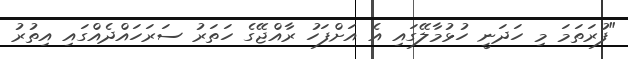
"ފުރަތަމަ މި ހަދަނީ ހުޅުމާލޭގައި އެ އަށްފަހު ރާއްޖޭގެ ހަތަރު ސަރަހައްދެއްގައި އިތުރު